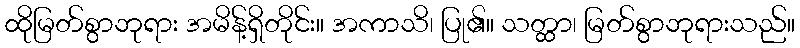
ထိုမြတ်စွာဘုရား အမိန့်ရှိတိုင်း။ အကာသိ၊ ပြု၏။ သတ္ထာ၊ မြတ်စွာဘုရားသည်။